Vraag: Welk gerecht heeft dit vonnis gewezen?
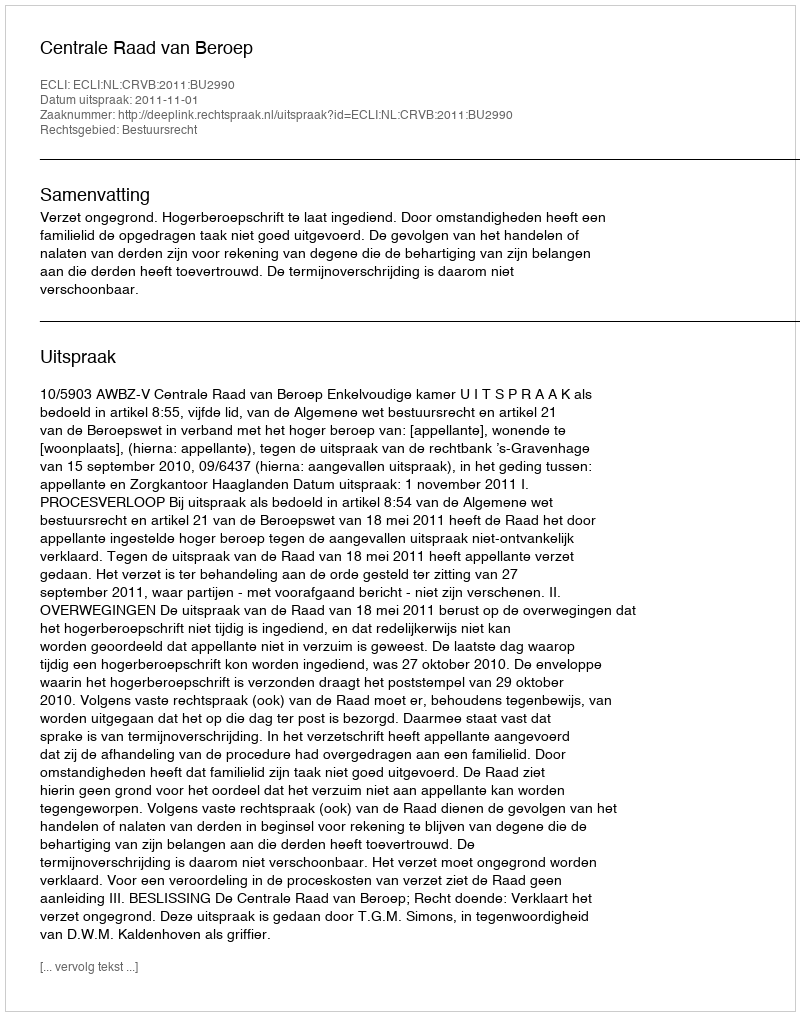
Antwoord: Centrale Raad van Beroep